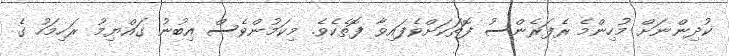
ކުދިންނަށް މުހިންމެ ރެފަރެންސު ފޮތަކަށްވެފައިވާ ފޮތެކެވެ. މިކަމުންވެސް އިބުނު ގައްޔިމު ރަހިމަހު ގެ